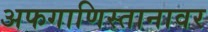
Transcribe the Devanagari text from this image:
अफगाणिस्तानावर